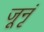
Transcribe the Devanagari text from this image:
जूनृं